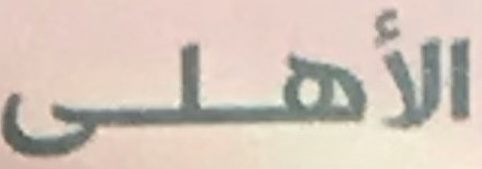
الأهلى